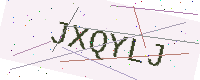
Text: JXQYLJ